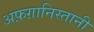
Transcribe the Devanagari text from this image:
अफ़ग़ानिस्तानी